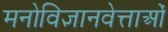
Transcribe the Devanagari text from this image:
मनोविज्ञानवेत्ताओं